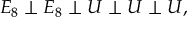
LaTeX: E _ { 8 } \perp E _ { 8 } \perp { \cal U } \perp { \cal U } \perp { \cal U } ,